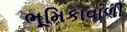
ભૂમિકાવાળી